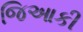
જિઆકી